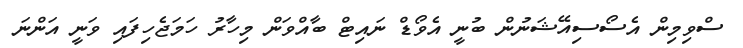
ސްވިމިން އެސޯސިއޭޝަނުން ބުނީ އެވޯޑް ނައިޓް ބާއްވަން މިހާރު ހަމަޖެހިފައި ވަނީ އަންނަ